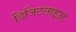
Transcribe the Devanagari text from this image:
डिजिटलाइज्ड